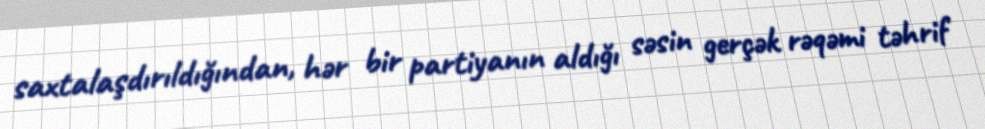
saxtalaşdırıldığından, hər bir partiyanın aldığı səsin gerçək rəqəmi təhrif